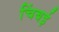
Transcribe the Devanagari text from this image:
चिंबई